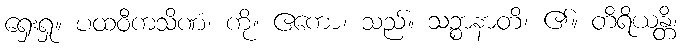
ရှေးရှု။ ပထဝီကသိဏံ၊ ကို။ ဧကော၊ သည်။ သဉ္စာနာတိ၊ ၏။ တိရိယန္တိ၊